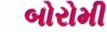
બોરોમી